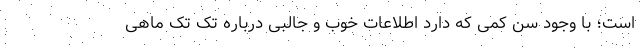
است؛ با وجود سن کمی که دارد اطلاعات خوب و جالبی درباره تک تک ماهی